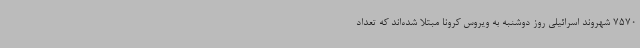
7570 شهروند اسرائیلی روز دوشنبه به ویروس کرونا مبتلا شده‌اند که تعداد